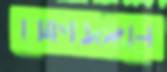
ঝোপজঙ্গলে